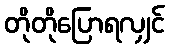
တိုတိုပြောရလျှင်